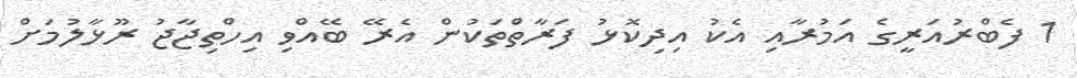
1 ފެބްރުއަރީގެ އަމުރާއި އެކު އިދިކޮޅު ފަރާތްތަކުން އެރޭ ބޭއްވި އިހްތިޖާޖު ރޫޅާލުމަށް